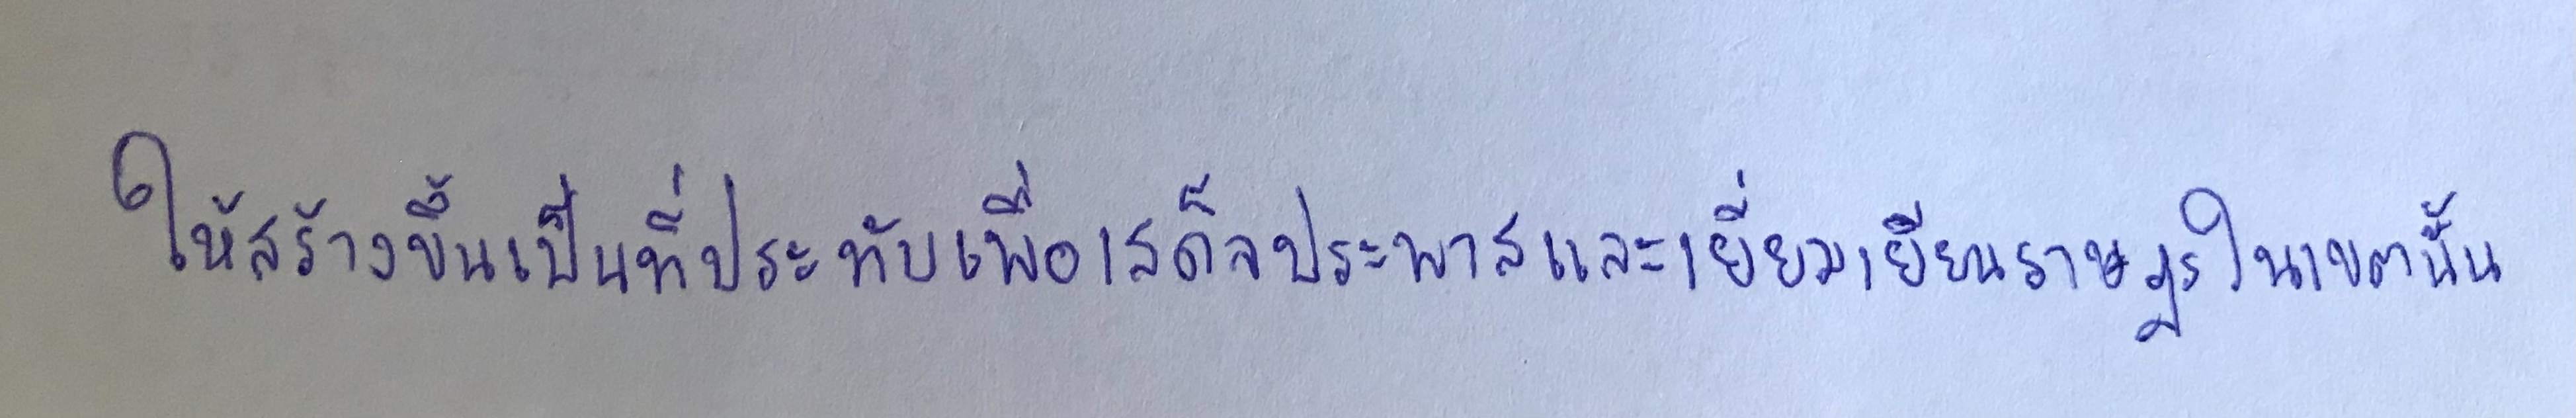
ให้สร้างขึ้นเป็นที่ประทับเพื่อเสด็จประพาสและเยี่ยมเยียนราษฎรในเขตนั้น